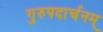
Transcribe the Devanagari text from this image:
गुरुपदार्चनम्